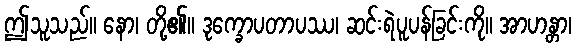
ဤသူသည်။ နော၊ တို့၏။ ဒုက္ခောပတာပဿ၊ ဆင်းရဲပူပန်ခြင်းကို။ အာဟန္တာ၊